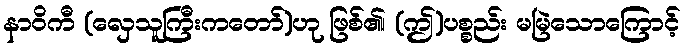
နာဝိကီ (လှေသူကြီးကတော်)ဟု ဖြစ်၏၊ (ဤ)ပစ္စည်း မမြဲသောကြောင့်